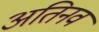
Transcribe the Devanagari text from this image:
अतिनव